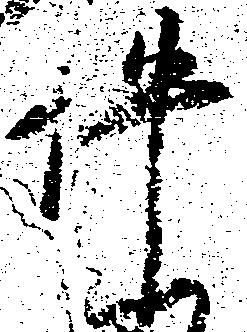
件